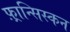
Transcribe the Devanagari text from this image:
फ़्रान्सिस्कन